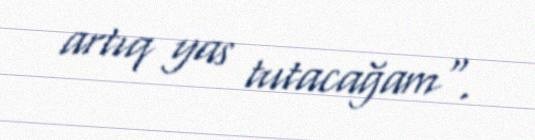
artıq yas tutacağam".